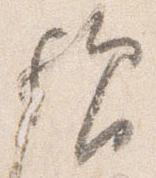
歟